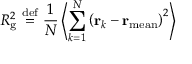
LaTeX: R _ { \mathrm { g } } ^ { 2 } \ { \stackrel { \mathrm { d e f } } { = } } \ { \frac { 1 } { N } } \left\langle \sum _ { k = 1 } ^ { N } \left( \mathbf { r } _ { k } - \mathbf { r } _ { \mathrm { m e a n } } \right) ^ { 2 } \right\rangle